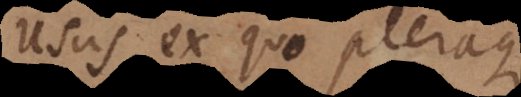
Usus ex quo pleraque